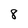
Character: 8